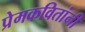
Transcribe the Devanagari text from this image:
प्रेमकवितांनी